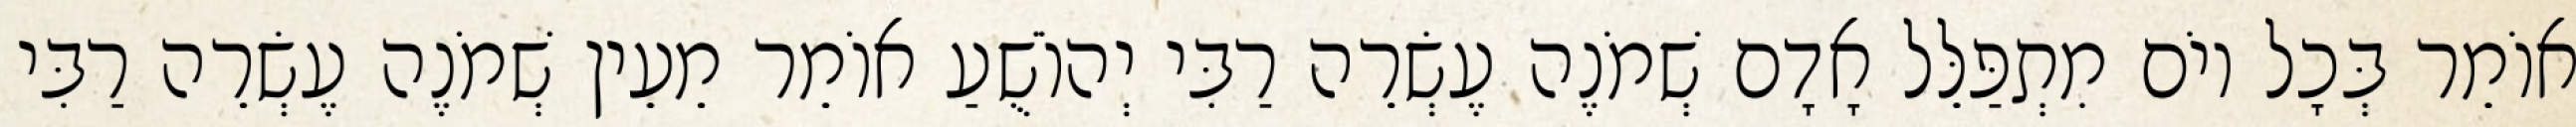
אוֹמֵר בְּכָל יוֹם מִתְפַּלֵּל אָדָם שְׁמֹנֶה עֶשְׂרֵה רַבִּי יְהוֹשֻׁעַ אוֹמֵר מֵעֵין שְׁמֹנֶה עֶשְׂרֵה רַבִּי